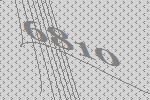
6810